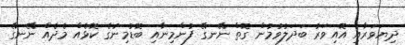
ދިޔަވަރާއި އޮއިވަރު ބަދަލުވުމުން ގޮތް ނޭނގޭ ފުންމިނާއި ބޮޑުމިނުގެ ކޮޅެއް މެދެއް ނޭނގޭ